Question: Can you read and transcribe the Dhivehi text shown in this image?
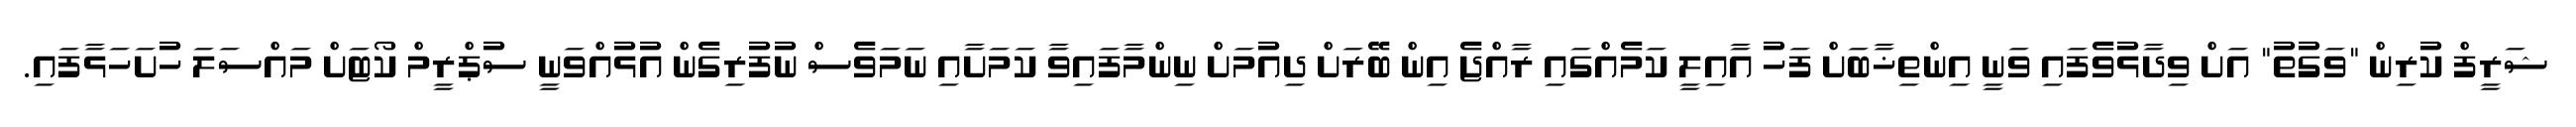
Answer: ޝަރީފް ކުރިން "ވަގުތު" އަށް ވިދާޅުވެފައި ވަނީ އިންތިޚާބަށް ފަހު އާއިލީ ކަމެއްގައި ރާއްޖެ އިން ބޭރަށް ދިއުމަށް ނިންމާފައިވާ ކަމަށާއި ނަމަވެސް ނުފުރިގެން އުޅުއްވަނީ ސުޕްރީމް ކޯޓަށް މައްސަލަ ހުށަހަޅާފައި.